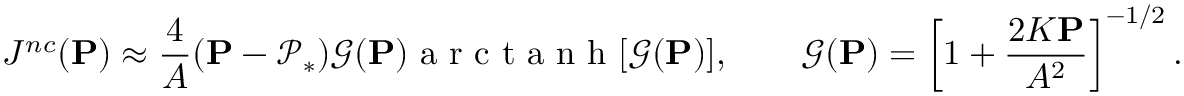
J ^ { n c } ( \mathbf { P } ) \approx { \frac { 4 } { A } } ( \mathbf { P } - \mathcal { P } _ { * } ) { \mathcal { G } } ( \mathbf { P } ) { \mathrm { ~ a ~ r ~ c ~ t ~ a ~ n ~ h ~ } [ { \mathcal { G } } ( \mathbf { P } ) ] } , \qquad { \mathcal { G } } ( \mathbf { P } ) = \left[ 1 + { \frac { 2 K \mathbf { P } } { A ^ { 2 } } } \right] ^ { - 1 / 2 } .